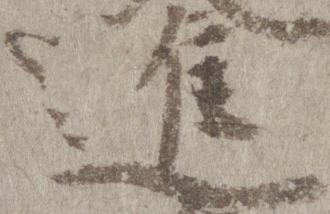
進